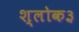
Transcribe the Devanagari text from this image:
श्लोक३